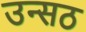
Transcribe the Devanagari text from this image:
उन्सठ